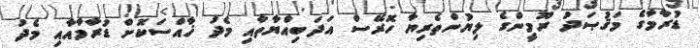
ޑުރާމާގެ މަޤުޞަދު ރޫމީންގެ ލިޔުންތެރިޔާ ހޮރޭސް އަދަބިއްޔާތާއި މެދު ޚާއްސަކޮށް ޑުރާމާއާއި މެދު